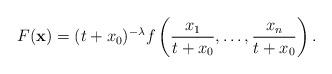
LaTeX: \begin{gather*}F(\mathbf x) = (t+x_0)^{-\lambda} f\left(\frac{x_1}{t+x_0}, \dots,\frac{x_n}{t+x_0}\right) .\end{gather*}